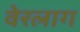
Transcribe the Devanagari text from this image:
वेरलाग